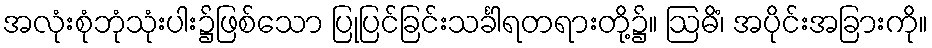
အလုံးစုံဘုံသုံးပါး၌ဖြစ်သော ပြုပြင်ခြင်းသင်္ခါရတရားတို့၌။ ဩဓိံ၊ အပိုင်းအခြားကို။